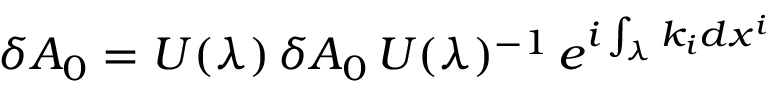
\delta A _ { 0 } = U ( \lambda ) \, \delta A _ { 0 } \, U ( \lambda ) ^ { - 1 } \, e ^ { i \int _ { \lambda } k _ { i } d x ^ { i } }